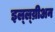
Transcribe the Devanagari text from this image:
इल्ल्य्रीअन